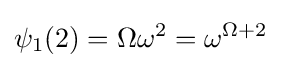
\psi _{1}(2)=\Omega \omega ^{2}=\omega ^{\Omega +2}